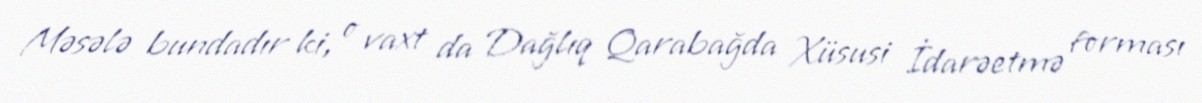
Məsələ bundadır ki, o vaxt da Dağlıq Qarabağda Xüsusi İdarəetmə forması